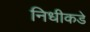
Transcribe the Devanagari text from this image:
निधीकडे